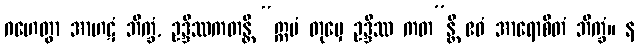
ဂဟေတွာ အာဟဋံ ဘိက္ခံ, ဥဒ္ဒိဿကတန္တိ “ဣမံ တုမှေ ဥဒ္ဒိဿ ကတ”န္တိ ဧဝံ အာရောစိတံ ဘိက္ခံ။ န